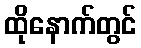
ထိုနောက်တွင်